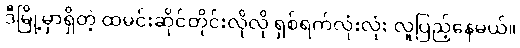
ဒီမြို့မှာရှိတဲ့ ထမင်းဆိုင်တိုင်းလိုလို ရှစ်ရက်လုံးလုံး လူပြည့်နေမယ်။